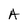
Character: A